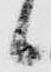
候